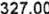
327.00